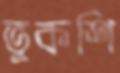
ভূকশি